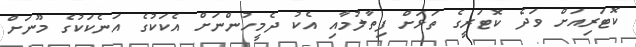
ކޮޓަރިއަށް ވަދެ ކޮޓަރީގެ ތަޅަށް ފިތާލުމާއި އެކު ދެމީހުންނަށް އެކަކުގެ އަނެކަކުގެ މޫނަށް